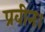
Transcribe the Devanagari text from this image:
प्रवीन।